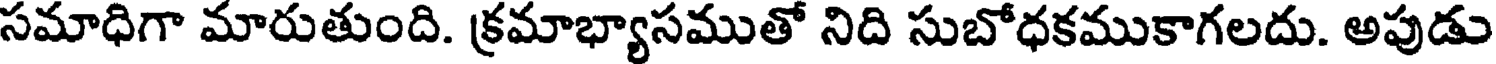
సమాధిగా మారుతుంది. క్రమాభ్యాసముతో నిది సుబోధకముకాగలదు. అపుడు